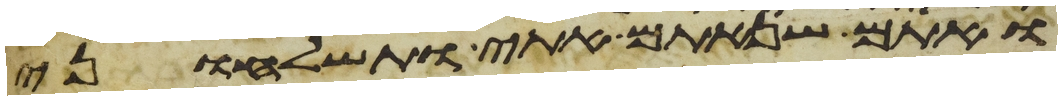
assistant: ואתם שנאתם אתי ותשלחוני